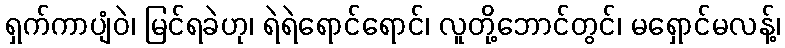
ရှက်ကာပျံဝဲ၊ မြင်ရခဲဟု၊ ရဲရဲရောင်ရောင်၊ လူတို့ဘောင်တွင်၊ မရှောင်မလန့်၊